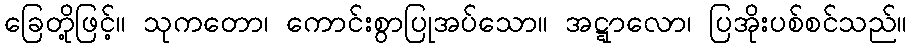
ခြေတို့ဖြင့်။ သုကတော၊ ကောင်းစွာပြုအပ်သော။ အဋ္ဋာလော၊ ပြအိုးပစ်စင်သည်။